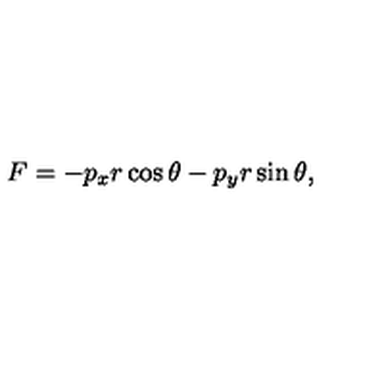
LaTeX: F = - p _ { x } r \cos \theta - p _ { y } r \sin \theta ,